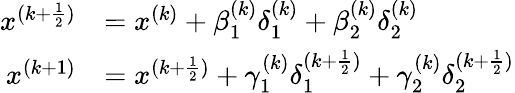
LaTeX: \begin{array}{rl}{{x^{(k+\frac{1}{2})}}}&{={x^{(k)}}+{\beta_{1}^{(k)}}{\delta_{1}^{(k)}}+{\beta_{2}^{(k)}}{\delta_{2}^{(k)}}}\\ {{x^{(k+1)}}}&{={x^{(k+\frac{1}{2})}}+{\gamma_{1}^{(k)}}{\delta_{1}^{(k+\frac{1}{2})}}+{\gamma_{2}^{(k)}}{\delta_{2}^{(k+\frac{1}{2})}}}\end{array}